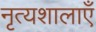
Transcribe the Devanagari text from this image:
नृत्यशालाएँ